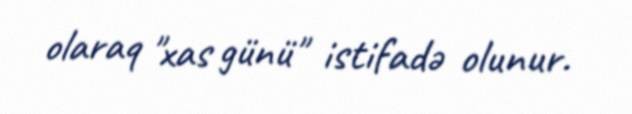
olaraq "xas günü" istifadə olunur.